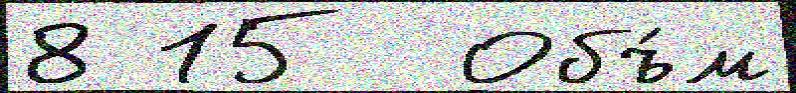
8 15  Объ́м